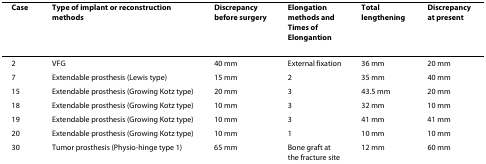
| Case | Type of implant or reconstruction methods | Discrepancy before surgery | Elongation methods and Times of Elongantion | Total lengthening | Discrepancy at present |
 | --- | --- | --- | --- | --- | --- |
 | 2 | VFG | 40 mm | External fixation | 36 mm | 20 mm |
 | 7 | Extendable prosthesis (Lewis type) | 15 mm | 2 | 35 mm | 40 mm |
 | 15 | Extendable prosthesis (Growing Kotz type) | 20 mm | 3 | 43.5 mm | 20 mm |
 | 18 | Extendable prosthesis (Growing Kotz type) | 10 mm | 3 | 32 mm | 10 mm |
 | 19 | Extendable prosthesis (Growing Kotz type) | 10 mm | 3 | 41 mm | 41 mm |
 | 20 | Extendable prosthesis (Growing Kotz type) | 10 mm | 1 | 10 mm | 10 mm |
 | 30 | Tumor prosthesis (Physio-hinge type 1) | 65 mm | Bone graft at the fracture site | 12 mm | 60 mm |